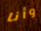
وأنا